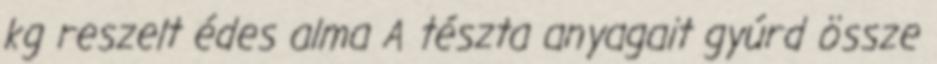
kg reszelt édes alma A tészta anyagait gyúrd össze